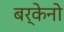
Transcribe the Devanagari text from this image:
बर्केनो